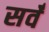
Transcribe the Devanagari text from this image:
सर्वँ